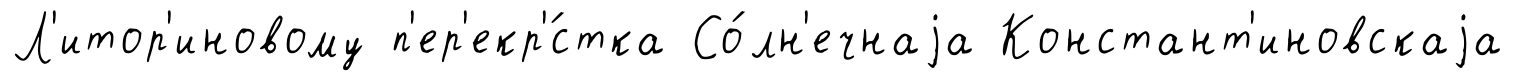
Л'итор'иновому п'ер'екр'́стка Со́лн'ечнаjа Констант'иновскаjа